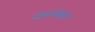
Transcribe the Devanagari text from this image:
सन्थाल